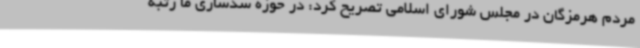
مردم هرمزگان در مجلس شورای اسلامی تصریح کرد: در حوزه سدسازی ما رتبه